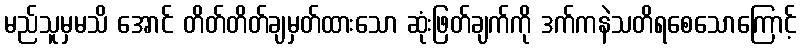
မည်သူမှမသိ အောင် တိတ်တိတ်ချမှတ်ထားသော ဆုံးဖြတ်ချက်ကို ဒက်ကနဲသတိရစေသောကြောင့်